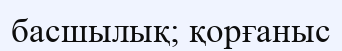
басшылық; қорғаныс